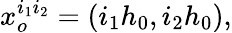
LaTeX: x_{o}^{i_{1}i_{2}}=(i_{1}h_{0},i_{2}h_{0}),